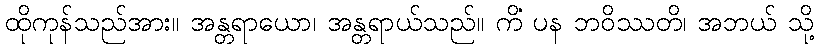
ထိုကုန်သည်အား။ အန္တရာယော၊ အန္တရာယ်သည်။ ကိံ ပန ဘဝိဿတိ၊ အဘယ် သို့